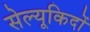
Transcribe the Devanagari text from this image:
सेल्यूकिदों